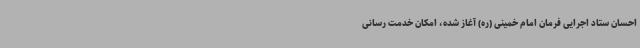
احسان ستاد اجرایی فرمان امام خمینی (ره) آغاز شده، امکان خدمت رسانی